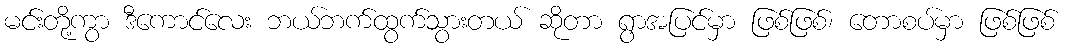
မင်းတို့ကွာ ဒီကောင်လေး ဘယ်ဘက်ထွက်သွားတယ် ဆိုတာ ရွာအပြင်မှာ ဖြစ်ဖြစ်၊ တောစပ်မှာ ဖြစ်ဖြစ်